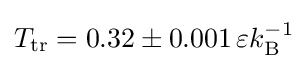
T_{\mathrm {tr} }=0.32\pm 0.001\,\varepsilon k_{\mathrm {B} }^{-1}